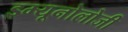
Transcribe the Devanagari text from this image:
इम्यूनोलोजी